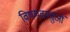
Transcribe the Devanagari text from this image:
विषयवस्‍तुओं